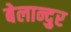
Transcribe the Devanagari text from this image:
बेलान्दुर